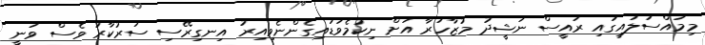
މިމައްސަލައިގައި ރައީސް ނަޝީދު މުޒާހަރާ އަށް ނިކުމެވަޑައިގެންނެވިއިރު އިނގިރޭސި ސަރުކާރު ވެސް ވަނީ